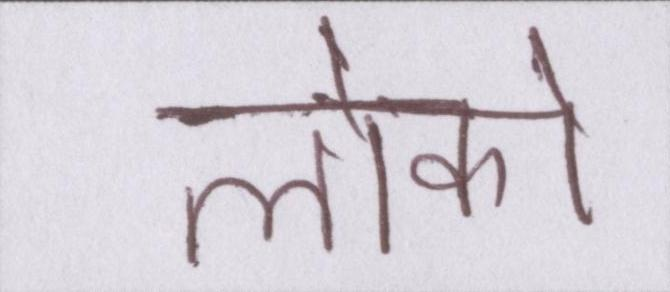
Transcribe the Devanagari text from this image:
लोको